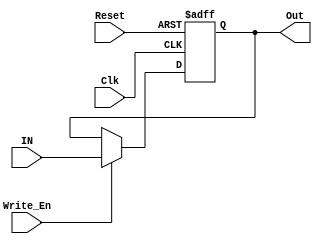
//PC

module Enable_Clk_Rom32(IN, Clk, Reset, Write_En, Out);          //resetclk
    input wire Clk, Reset, Write_En;            //Write_En
    input wire [31:0] IN;
    output reg [31:0] Out;

    always@(posedge Clk or negedge Reset) begin
      if(0 == Reset) begin
          Out = 32'b0;
      end
      else begin
          if(Write_En)
             Out = IN;
      end
    end
endmodule  


module PC_Transfer(O_PC, T_Addr, PC);       //beqbne
    input [31:0] O_PC;
    input [15:0] T_Addr;
    output [31:0] PC;

    wire [31:0] temp;                //T_Addr
    
    assign temp = {14'b0, T_Addr[15:0], 2'b0};      //

    assign PC = O_PC + temp;
endmodule

module PC_Jump(O_PC, Shift_addr, PC);                 //jumpShift_addr26
    input [31:0] O_PC;
    input [25:0] Shift_addr;
    output [31:0] PC;

    assign PC = {O_PC[31:28], Shift_addr[25:0]};
endmodule